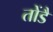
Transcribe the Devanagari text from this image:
तोंडै